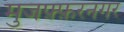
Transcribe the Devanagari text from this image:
मुजफ़्फ़रनगर